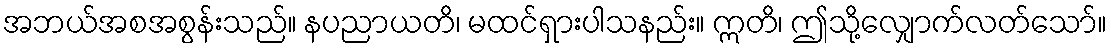
အဘယ်အစအစွန်းသည်။ နပညာယတိ၊ မထင်ရှားပါသနည်း။ ဣတိ၊ ဤသို့လျှောက်လတ်သော်။